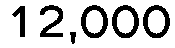
12,000